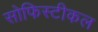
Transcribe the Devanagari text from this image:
सोफिस्टीकल